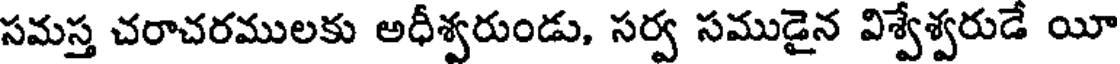
సమస్త చరాచరములకు అధీశ్వరుండు, సర్వ సముడైన విశ్వేశ్వరుడే యీ